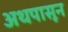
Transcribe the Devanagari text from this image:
अथपासून